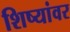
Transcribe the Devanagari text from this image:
शिष्यांवर